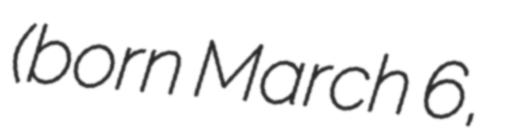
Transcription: (born March 6,